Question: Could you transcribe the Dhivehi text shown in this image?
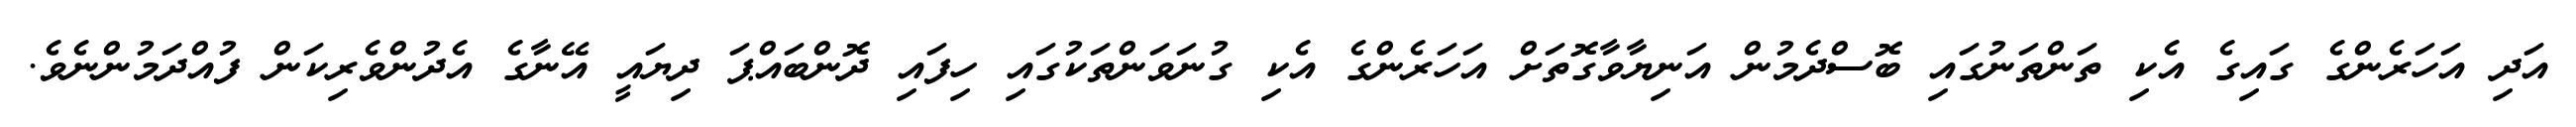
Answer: އަދި އަހަރެންގެ ގައިގެ އެކި ތަންތަނުގައި ބޮސްދެމުން އަނިޔާވާގޮތަށް އަހަރެންގެ އެކި ގުނަވަންތަކުގައި ހިފައި ދޮންބައްޕަ ދިޔައީ އޭނާގެ އެދުންވެރިކަން ފުއްދަމުންނެވެ.